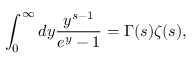
\int _ { 0 } ^ { \infty } d y { \frac { y ^ { s - 1 } } { e ^ { y } - 1 } } = \Gamma ( s ) \zeta ( s ) ,